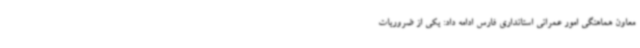
معاون هماهنگی امور عمرانی استانداری فارس ادامه داد: یکی از ضروریات